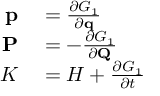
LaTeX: \begin{array} { r l } { \mathbf { p } } & { { } = { \frac { \partial G _ { 1 } } { \partial \mathbf { q } } } } \\ { \mathbf { P } } & { { } = - { \frac { \partial G _ { 1 } } { \partial \mathbf { Q } } } } \\ { K } & { { } = H + { \frac { \partial G _ { 1 } } { \partial t } } } \end{array}